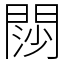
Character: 閯